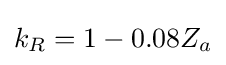
k_{R}=1-0.08Z_{a}